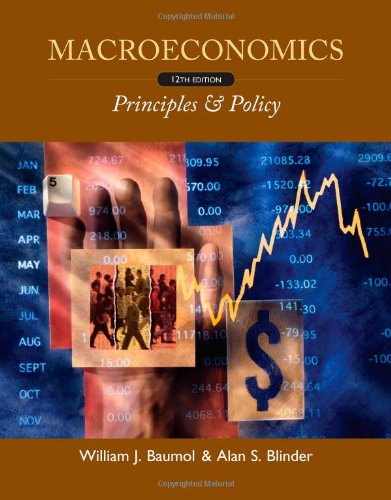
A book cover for Macroeconomics: Principles and Policy; William J. Baumol; Business & Money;